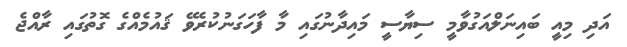
އަދި މިއީ ބައިނަލްއަގުވާމީ ސިޔާސީ މައިދާނުގައި މާ ފާހަގަނުކުރެވޭ ޤައުމެއްގެ ގޮތުގައި ރާއްޖެ